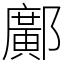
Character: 鄺